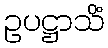
ဥပဋ္ဌာသိံ